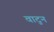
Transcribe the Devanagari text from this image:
वाटुन